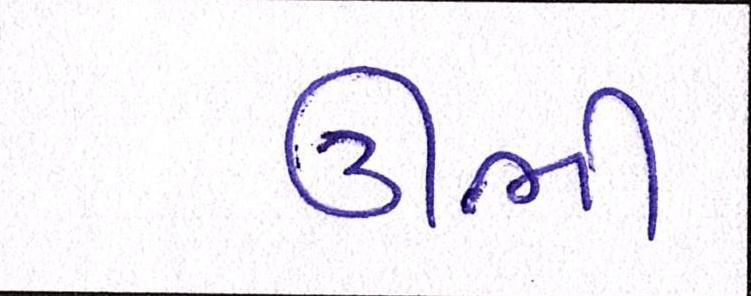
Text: ઊભી